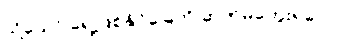
သို့သော် ရှေ့ဖြစ်နိုင်ခြေကို ဆက်မတွေးရဲပေ။